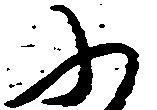
ふ